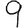
Digit: 9